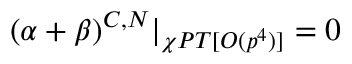
( \alpha + \beta ) ^ { C , N } | _ { \chi P T [ { \cal { O } } ( p ^ { 4 } ) ] } = 0